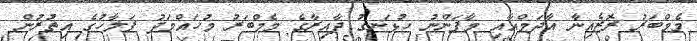
މެމްބަރު ރޮޒެއިނާ އާދަމްއާއި މާފަންނު ހުޅަނގު ދާއިރާގެ މެމްބަރު މުހައްމަދު ފަލާހުގެ އިތުރުން